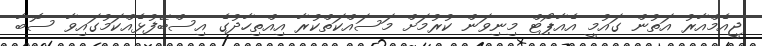
ޖީއެމްއާރު އަތުން ގައުމީ އެއާޕޯޓް މިނިވަން ކުރުމަށް މަސައްކަތްކުރާ އިއްތިހާދުގެ އިސްބޭފުޅެއްކަމުގައިވާ ސޮބާ